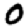
Digit: 0